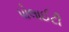
પોલાઈટી